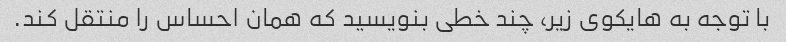
با توجه به هایکوی زیر، چند خطی بنویسید که همان احساس را منتقل کند.